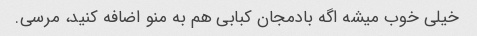
خیلی خوب میشه اگه بادمجان کبابی هم به منو اضافه کنید، مرسی.